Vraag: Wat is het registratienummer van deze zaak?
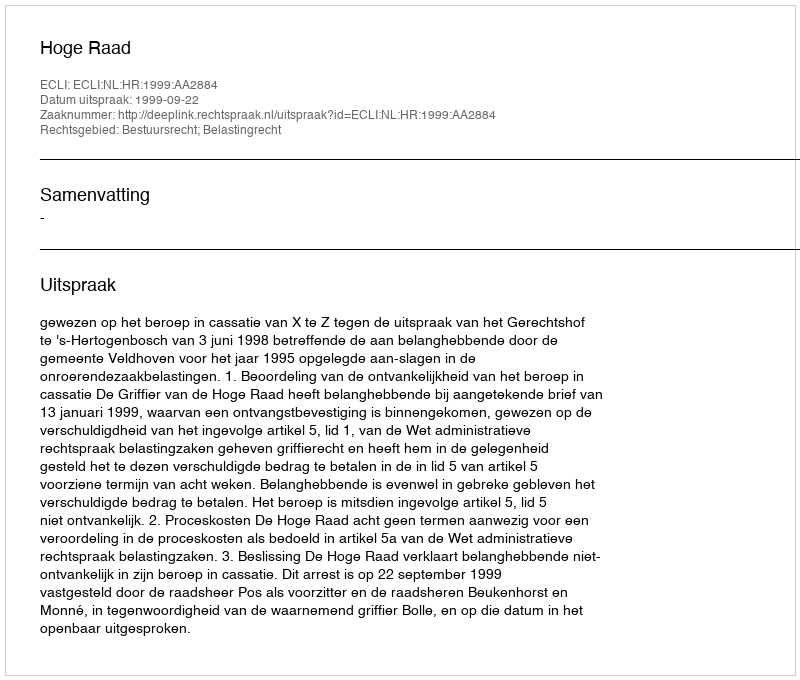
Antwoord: http://deeplink.rechtspraak.nl/uitspraak?id=ECLI:NL:HR:1999:AA2884